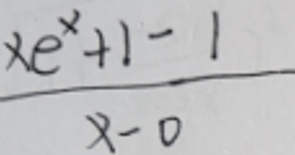
\frac{x e^{x}+1 - 1}{x - 0}